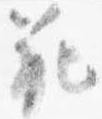
範